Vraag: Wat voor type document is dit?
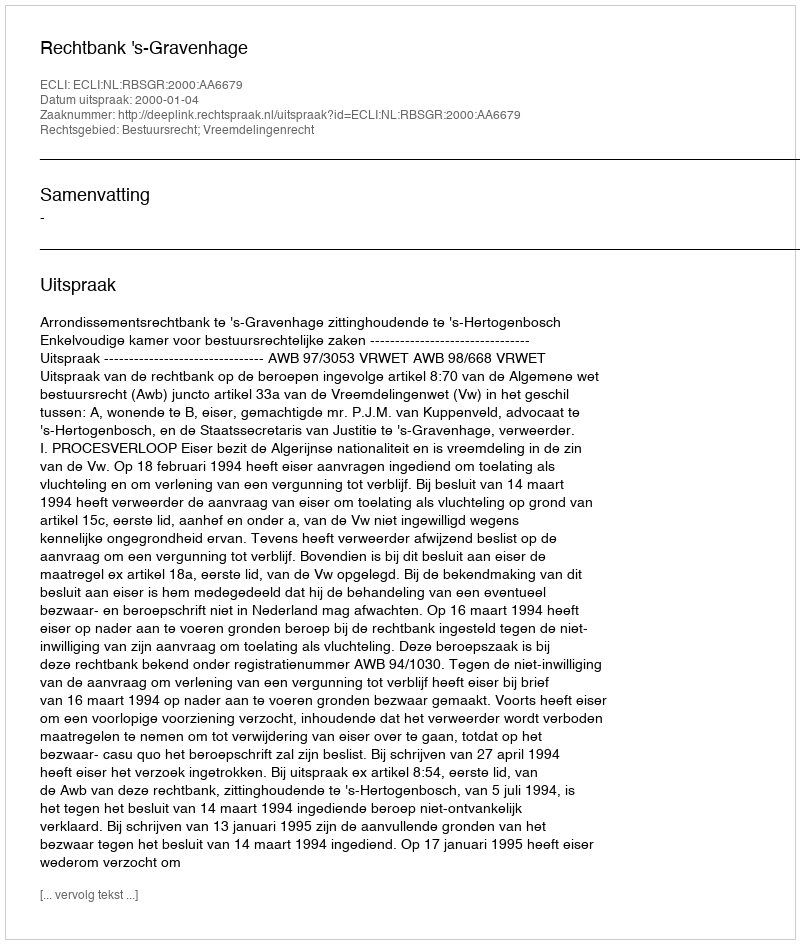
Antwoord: Uitspraak